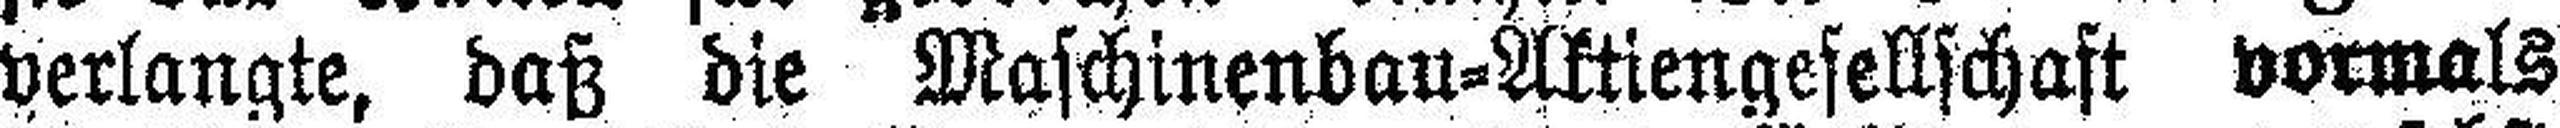
verlangte, daß die Maschinenbau=Aktiengesellschaft vormals